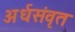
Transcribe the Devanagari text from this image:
अर्धसंवृत